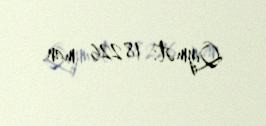
Qiymət: 18226 man.